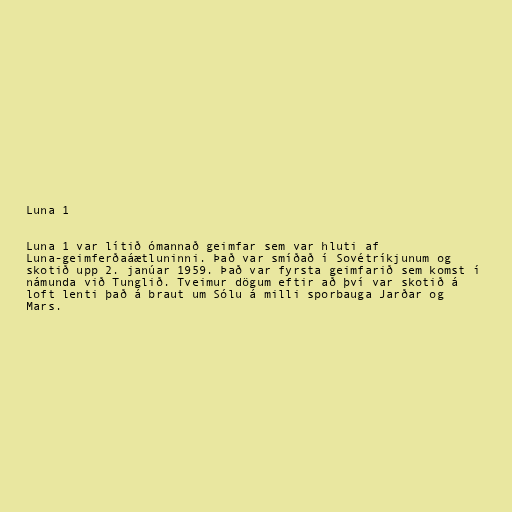
Luna 1

Luna 1 var lítið ómannað geimfar sem var hluti af
Luna-geimferðaáætluninni. Það var smíðað í Sovétríkjunum og
skotið upp 2. janúar 1959. Það var fyrsta geimfarið sem komst í
námunda við Tunglið. Tveimur dögum eftir að því var skotið á
loft lenti það á braut um Sólu á milli sporbauga Jarðar og
Mars.